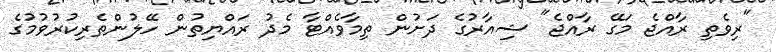
"ރިވެތި ރާއްޖެ މަގޭ ރާއްޖެ" ޝިއާރުގެ ދަށުން ތިމާވެއްޓާ މެދު ރައްޔިތުން ހޭލުންތެރިކުރުވުމުގެ